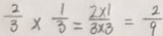
\frac { 2 } { 3 } \times \frac { 1 } { 3 } = \frac { 2 \times 1 } { 3 \times 3 } = \frac { 2 } { 9 }